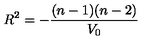
R ^ { 2 } = - \frac { ( n - 1 ) ( n - 2 ) } { V _ { 0 } }